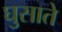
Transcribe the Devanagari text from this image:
घुसाते